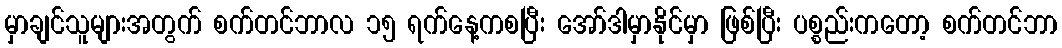
မှာချင်သူများအတွက် စက်တင်ဘာလ ၁၅ ရက်နေ့ကစပြီး အော်ဒါမှာနိုင်မှာ ဖြစ်ပြီး ပစ္စည်းကတော့ စက်တင်ဘာ